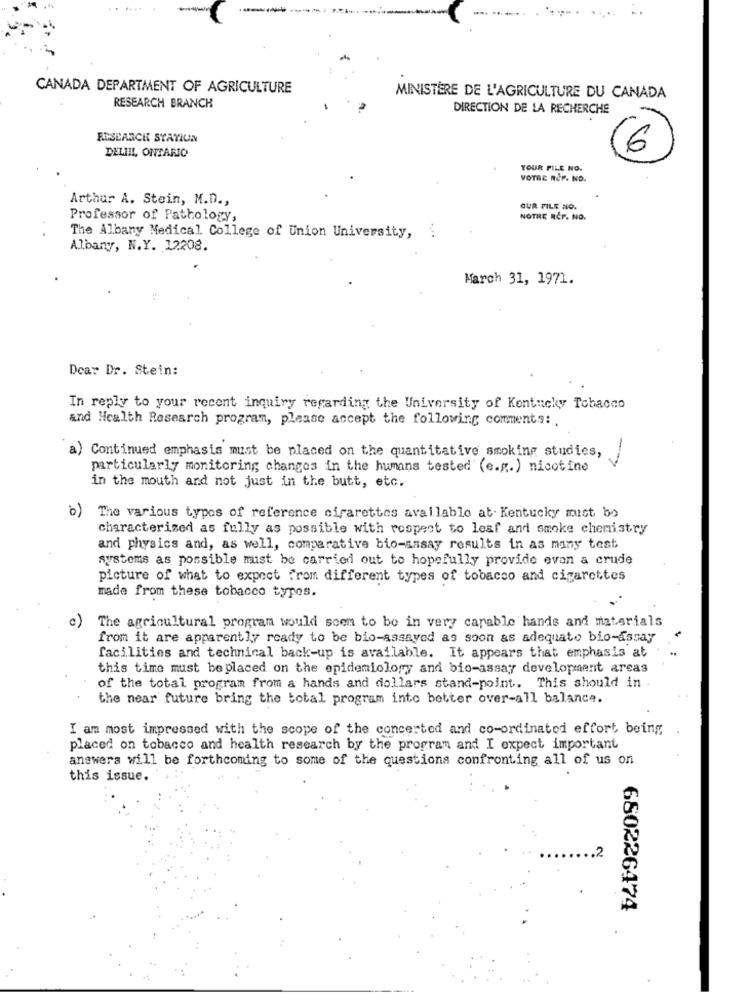
CANADA DEPARTMENT OF AGRICULTURE
RESEARCH BRANCH
MINISTÈRE DE L'AGRICULTURE DU CANADA
DIRECTION DE LA RECHERCHE
RESEARCH STATIUN
DELIIL, ONTARIO
6
YOUR FILE NO.
VOTRE REF. NO.
Arthur A. Stein, M.D .,
OUR FILE NO.
Professor of Pathology,
NOTRE RCF. NO.
The Albany Medical College of Union University, i
Albany, N.Y. 12208.
March 31, 1971.
Dear Dr. Stein:
In reply to your recent inquiry regarding the University of Kentucky Tobacco
and Health Research program, please accept the following comments: .
a) Continued emphasis must be placed on the quantitative smoking studies,
particularly monitoring changes in the humans tested (e.g.) nicotine
in the mouth and not just in the butt, etc.
b)
The various types of reference cigarettes available at. Kentucky must be
characterized as fully as possible with respect to leaf and smoke chemistry
and physics and, as well, comparative bio-sasay results in as many test
systems as possible must be carried out to hopefully provide even a crude
picture of what to expect from different types of tobacco and cigarettes
made from these tobacco typos.
c)
The agricultural program would seem to be in very capable hands and materials
from it are apparently ready to be bio-assayed as soon as adequate bio-assay
facilities and technical back-up is available. It appears that emphasis at
this time must be placed on the epidemiology and bio-assay development areas
of the total program from a hands and dollars stand-point. This should in .
the near future bring the total program into better over-all balance.
I am most impressed with the scope of the concerted and co-ordinated effort being
placed on tobacco and health research by the program and I expect important
answers will be forthcoming to some of the questions confronting all of us on
this issue.
.2
650226474